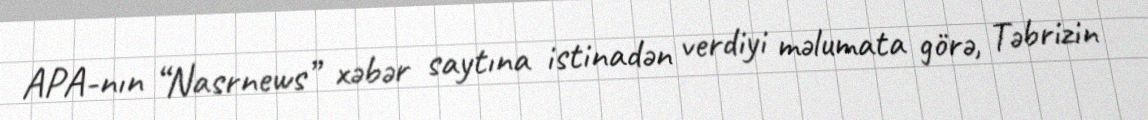
APA-nın “Nasrnews” xəbər saytına istinadən verdiyi məlumata görə, Təbrizin